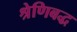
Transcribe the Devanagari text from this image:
श्रेणिबद्ध